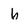
Character: b